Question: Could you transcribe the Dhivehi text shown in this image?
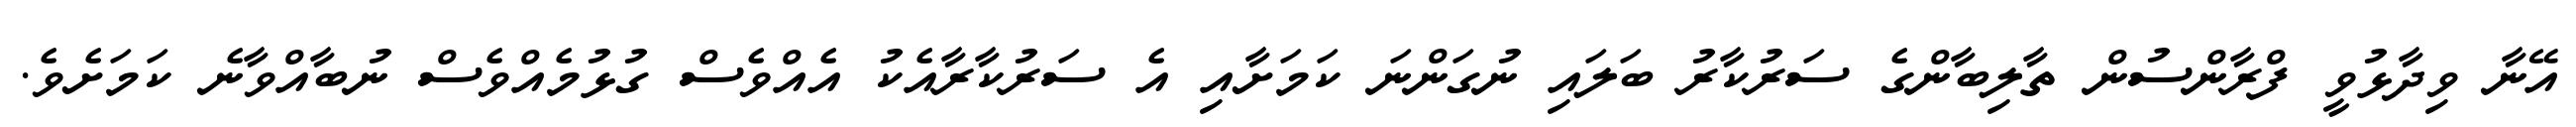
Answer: އޭނާ ވިދާޅުވީ ފްރާންސުން ތާލިބާންގެ ސަރުކާރު ބަލައި ނުގަންނަ ކަމަށާއި އެ ސަރުކާރާއެކު އެއްވެސް ގުޅުމެއްވެސް ނުބާއްވާނެ ކަމަށެވެ.